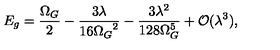
E _ { g } = \frac { \Omega _ { G } } { 2 } - \frac { 3 \lambda } { 1 6 { \Omega _ { G } } ^ { 2 } } - \frac { 3 \lambda ^ { 2 } } { 1 2 8 \Omega _ { G } ^ { 5 } } + { \cal O } ( \lambda ^ { 3 } ) ,